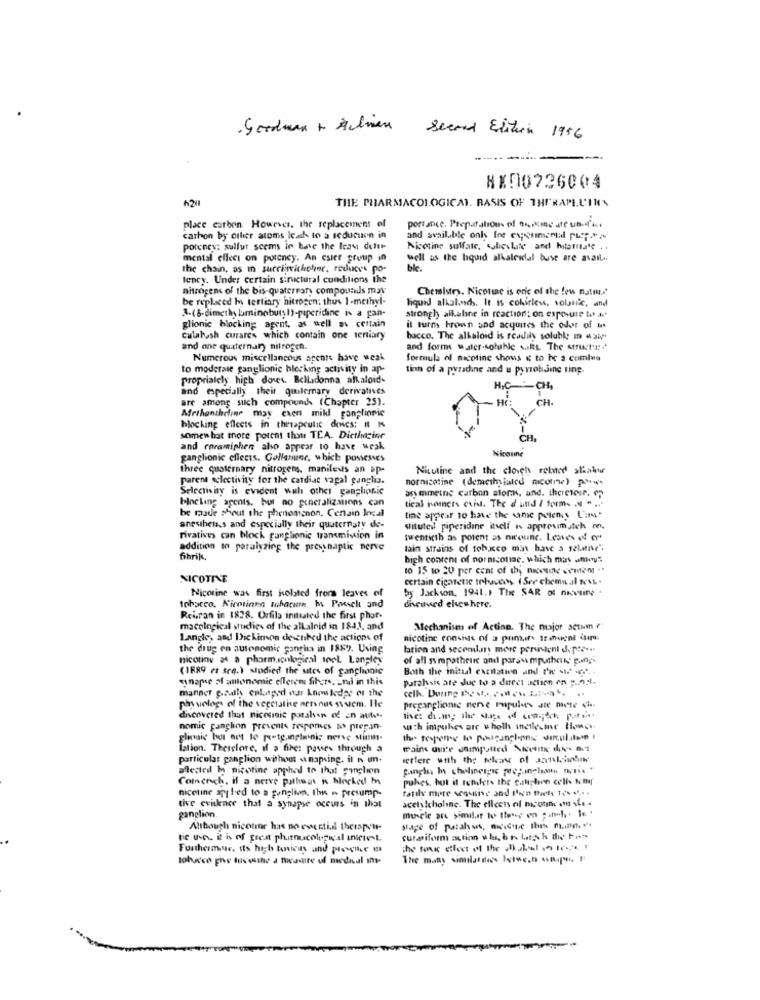
Second Edition 1956
--
NX00736004
6201
THE PHARMACOLOGICAL. BASIS OF THERAPLUIMEN
place carbon However, the replacement of
port ance. Preputation of no,cinc ate un-
carbon by other atoms Icah to a seducuen in
and available only for exprimenul puerta
potency: sulfur seems ir have the Icas deltt-
Nicotine sulfate, salicylate and hitatitate . .
mental effect on potency. An esier group in
well as the liquid alkaloidal buse are avail ..
the chain, as in succiniclecher, reduces po-
ble.
tency. Under certain structural conditions the
nitrogen of the bis-quaterrary compounds mas
Chemistry, Nicotine is eric of the few natm'
be replaced Is tertiary nitrogen; thus 1-methyl-
liquid alkaland. It is cobirleve, solair'e, and
3-(8-dimethy laminobutyh)-piperidine is a pan-
strongly alkaline in reaction; on exposure tit av
glionic blocking agent, as well as certain
it turm brown and acquires the odor of w.
Culalush curares which contain one tertiary
bacco. The alkaloid is readily soluble m asi
and one quaternary nitrogen.
and forms water-soluble s.ilts. The structur ..
Numerous miscellaneous agents have weak
formula of nicotine shows & to be a comles
to moderate ganglionic blocking activity in ap-
tinn of a pyradine and u pyrobJine ting.
proprialely high dowes. Belladonna alkaloid-
and especially theis quilernary derivatives
CH,
are among such compound (Chapter 25) .
CH.
Mrthantheline may exen mill ganglionic
blocking effects in therapeutic dowes: # M
somewhat more potent thou TEA. Dictimagine
and coramiphen also appear to have weak
Nicotine
ganglionic effects. Gollanune, which possesses
three quaternary nitrogens. manileus an ap-
Nitutine and the cloich related shahr
Parent selectivity for the catdiat vagal ganglia.
nornicotine (demciliated necomme) pois
Selectivity is evident wah other ganglionic
blocking agents, but no generalizations con
asy mmethe carbon ator, and. theretese. p
be made shout the phenomenon. Certain legal
tical weiners cuil. The d und / forms . - ...
tine appear to have the same polens L'in.
anestheta.s and especially their quaternary de-
stituteil piperidine itself is approvmatch me,
rivatives can block ganglionic transmission in
twentieth as potent as nicoune. Leaves of ""
addition to paralyzing the presynaptic nerve
tain strains of tobacco min have a relatar".
fihrik.
high content of nornicolae, which mas anoys
10 15 10 20 per cent of thy necessinc sentem ...
NICOTINE
certain cigarette trhaccess ( See chemsal tvL .
by Jackson, 1941. 1 The SAR of nietine .
Nicotine was first isolated froms leaves of
discoved elsewhere.
Ichacco. Nicotiana schacura, h. Paschi and
Reisran in 1828. Orfila initiated the first phor-
macological studies of the allalnid in 184,1, and
Mechanism of Acting. The major acum ?"
Langle, and Dickimon de thed the actions of
nicotine conings of a primaif Ir meni im
the drug en autonomic gangina in 1889. Using
lation and secondly more persistent depce ...
nicotine a a pharmacological tool Longley
of all sympatheure and parsumputhen: Bang
(1689 et seq.) studied the sites of ganglionic
Both the initul excitation and Pre sie -...
snape Mamonomic ellerem fih.7 .. ni in this
patahsis are due to a direct action en p.2.1.
celk. Dure Be v .... ... L :-. .
manner gically colanteod our knowledge of the
physiology of the vecciathe nervous suem. Hle
pregangliome nerve Papules ate mere ci
discovered that nicosmic pushen of an auto.
nomic ganglion prevents zespornes tis pegan-
wath impuhes are u holh inetlesine llonch
Lation. Therefore, if a fire: passes through a
particular ganglion without a napsing. il n un-
seflere with the teleans of artshodne
allested In nicotine apphed to that ganglien
Cornerch, il a nerve pathest is blocked In
puhes, but if tenders the catchen cells Nulf
nicotine applied to a ganglion, Ihn n presump-
tatily more sequtive and Ihren Dorte tes .. .
acetylcholine. The ellecis of nicotine ans .....
tive evidence that a synapse oceurs in that
ganglion.
Although nicotine has no esestial therapeu-
stage of patahus, nocure lhes minn. ..
tic uve. it is of great phutnucolugn'al Inete.L
curpiform action who. br bitch die Foss
Furthermur, its high tunicas and proste a
the tour etlect of the kabel - tv -, . t
tobacco phe Iavvithe a measure of medial iny